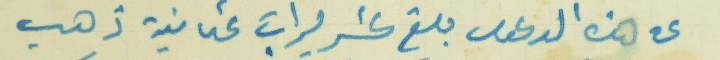
عن هذه الدعوى مبلغ عشر ليرات عثمانية ذهب